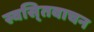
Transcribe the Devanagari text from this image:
स्वसि्तवाचन